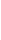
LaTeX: M\! \! \! \! \! \! \! \! \! \! \! \! \setminus\! \! \! \! \! \! \! \! \! \! \! \! \! \! \! \! \! \! \! \! \! \! \! \! \bigcup\! \! \! \! \! \! \! \! \! \! \! \! _{i\! \! \! \! \! \! \! \! \! \! \! \! =\! \! \! \! \! \! \! \! \! \! \! \! 1}\! \! \! \! \! \! \! \! \! \! \! \! ^{n}\! \! \! \! \! \! \! \! \! \! \! \! \! \! \! \! \! \! \! \! \! \! \! \! (\! \! \! \! \! \! \! \! \! \! \! \! \Phi\! \! \! \! \! \! \! \! \! \! \! \! ^{i}\! \! \! \! \! \! \! \! \! \! \! \! )\! \! \! \! \! \! \! \! \! \! \! \! ^{\! \! \! \! \! \! \! \! \! \! \! \! -\! \! \! \! \! \! \! \! \! \! \! \! 1}\! \! \! \! \! \! \! \! \! \! \! \! (\! \! \! \! \! \! \! \! \! \! \! \! B\! \! \! \! \! \! \! \! \! \! \! \! _{i}\! \! \! \! \! \! \! \! \! \! \! \! )\! \! \! \! \! \! \! \! \! \! \!